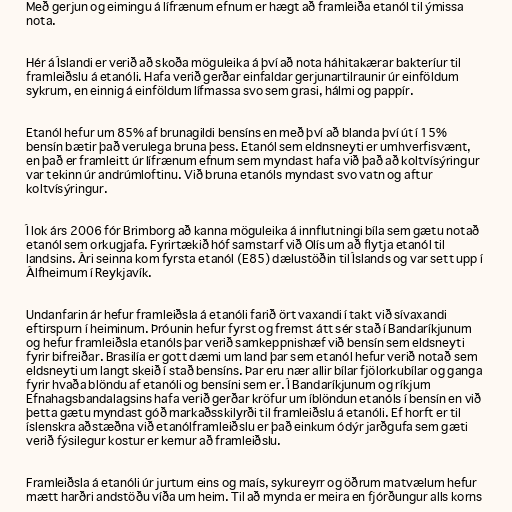
Með gerjun og eimingu á lífrænum efnum er hægt að framleiða etanól til ýmissa
nota.

Hér á Íslandi er verið að skoða möguleika á því að nota háhitakærar bakteríur til
framleiðslu á etanóli. Hafa verið gerðar einfaldar gerjunartilraunir úr einföldum
sykrum, en einnig á einföldum lífmassa svo sem grasi, hálmi og pappír.

Etanól hefur um 85% af brunagildi bensíns en með því að blanda því út í 15%
bensín bætir það verulega bruna þess. Etanól sem eldnsneyti er umhverfisvænt,
en það er framleitt úr lífrænum efnum sem myndast hafa við það að koltvísýringur
var tekinn úr andrúmloftinu. Við bruna etanóls myndast svo vatn og aftur
koltvísýringur.

Í lok árs 2006 fór Brimborg að kanna möguleika á innflutningi bíla sem gætu notað
etanól sem orkugjafa. Fyrirtækið hóf samstarf við Olís um að flytja etanól til
landsins. Ári seinna kom fyrsta etanól (E85) dælustöðin til Íslands og var sett upp í
Álfheimum í Reykjavík.

Undanfarin ár hefur framleiðsla á etanóli farið ört vaxandi í takt við sívaxandi
eftirspurn í heiminum. Þróunin hefur fyrst og fremst átt sér stað í Bandaríkjunum
og hefur framleiðsla etanóls þar verið samkeppnishæf við bensín sem eldsneyti
fyrir bifreiðar. Brasilía er gott dæmi um land þar sem etanól hefur verið notað sem
eldsneyti um langt skeið í stað bensíns. Þar eru nær allir bílar fjölorkubílar og ganga
fyrir hvaða blöndu af etanóli og bensíni sem er. Í Bandaríkjunum og ríkjum
Efnahagsbandalagsins hafa verið gerðar kröfur um íblöndun etanóls í bensín en við
þetta gætu myndast góð markaðsskilyrði til framleiðslu á etanóli. Ef horft er til
íslenskra aðstæðna við etanólframleiðslu er það einkum ódýr jarðgufa sem gæti
verið fýsilegur kostur er kemur að framleiðslu.

Framleiðsla á etanóli úr jurtum eins og maís, sykureyrr og öðrum matvælum hefur
mætt harðri andstöðu víða um heim. Til að mynda er meira en fjórðungur alls korns